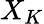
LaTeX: X_{K}